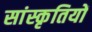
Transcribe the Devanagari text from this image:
सांस्कृतियों